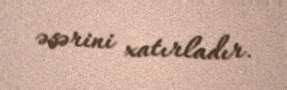
əsərini xatırladır.